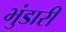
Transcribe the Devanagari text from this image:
भुंडारी